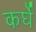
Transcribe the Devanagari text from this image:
कर्घे